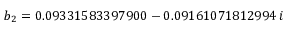
b _ { 2 } = 0 . 0 9 3 3 1 5 8 3 3 9 7 9 0 0 - 0 . 0 9 1 6 1 0 7 1 8 1 2 9 9 4 \, i